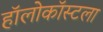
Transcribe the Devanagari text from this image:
हॉलोकॉस्टला